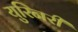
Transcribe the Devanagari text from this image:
युरिनरी